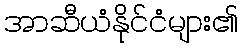
အာဆီယံနိုင်ငံများ၏